Lunatic asylums Madras 1877-1891 - 1877-1891
Year: 1877
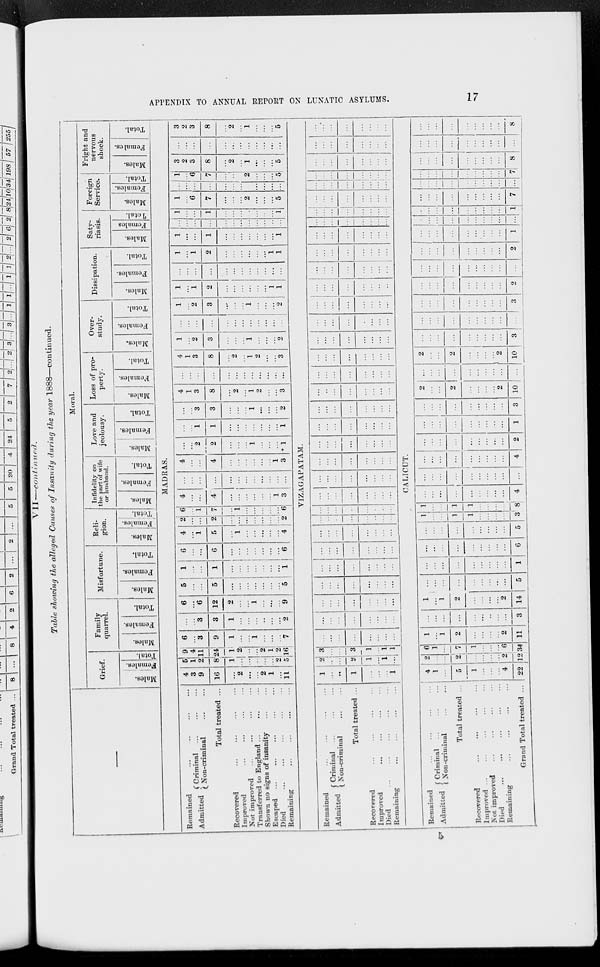
APPENDIX TO ANNUAL REPORT ON LUNATIC ASYLUMS.
17
VII —continued.
Table allowing the alleged Causes of Insanity during the year 1888—continued.
Moral.
Grief.
Males.
Females.
Total.
Family
quarrel.
Males.
Females.
Total.
Misfortune.
Males.
Females.
Total.
Reli-
gion.
Males.
Females.
Total.
Infidelity on
the part of wife
or husband.
Males.
Females.
Total.
Love and
jeolousy.
Males.
Females.
Total.
Loss of pro-
perty.
Males.
Females.
Total.
Over-
study.
Males.
Females.
Total.
Dissipation.
Males.
Females.
Total.
Saty-
riasis.
Males.
Females
Total.
Foreign
Service.
Males.
Females.
Total.
Fright and
nervous
shock.
Males.
Females.
Total.
MADRAS.
Remained ... ... ... ...
Admitted
Criminal
...
...
...
Non-criminal
...
...
Total treated ...
Recovered
...
...
...
...
Improved ... ... ... ...
Not improved
...
...
...
...
Transferred to England
...
...
...
Shown no signs of insanity ... ...
Escaped ...
...
... ... ...
Died ... ... ... ... ...
Remaining
...
...
...
...
4
3
9
16
...
2
...
...
2
1
...
11
5
1
2
8
1
...
...
...
....
...
2
5
9
4
11
24
1
2
...
...
2
1
2
16
6
...
3
9
1
...
...
1
...
...
...
7
...
...
3
3
1
...
...
...
...
...
...
2
6
...
6
12
2
...
...
1
...
...
...
9
5
...
...
5
...
...
...
...
...
...
...
5
1
...
...
1
...
...
...
...
...
...
...
1
6
...
...
6
...
...
...
...
...
...
...
6
4
...
1
5
...
1
...
...
...
...
...
4
2
...
...
2
...
...
...
...
...
...
...
2
6
...
1
7
...
1
...
...
...
...
...
6
4
...
...
4
...
...
...
...
...
...
1
3
...
...
...
...
...
...
...
...
...
...
...
...
4
...
...
4
...
...
...
...
...
...
1
3
...
...
2
2
...
...
1
...
...
...
1
...
...
1
1
...
...
...
...
...
...
...
1
...
...
3
3
...
...
...
1
...
...
...
2
4
1
3
8
...
2
...
1
2
...
...
3
...
...
...
...
...
...
...
...
...
...
...
...
4
1
3
8
...
2
...
1
2
...
...
3
1
...
2
3
...
...
...
1
...
...
...
2
...
...
...
...
...
...
...
...
...
...
...
...
1
...
2
3
...
...
...
1
...
...
...
2
1
...
1
2
...
...
...
...
...
...
1
1
...
...
...
...
...
...
...
...
...
...
...
...
1
...
1
2
...
...
...
...
...
...
1
1
1
...
...
1
...
...
...
...
...
...
...
1
...
...
...
...
...
...
...
...
...
...
...
...
1
...
...
1
...
...
...
...
...
...
...
1
1
...
6
7
...
...
...
2
...
...
...
5
...
...
...
...
...
...
...
...
...
...
...
...
1
...
6
7
...
...
...
2
...
...
...
5
3
2
3
8
...
2
...
1
...
...
...
5
...
...
...
...
...
...
...
...
...
...
...
...
3
2
3
8
...
2
...
1
...
...
...
5
VIZAGAPATAM.
Remained ... ... ... ...
Admitted
Criminal ... ... ...
Non-criminal ... ...
Total treated ...
Recovered ... ... ... ...
Improved ... ... ... ...
Died
...
...
...
...
...
Remaining ... ... ... ...
1
...
...
1
...
...
...
1
2
...
...
2
1
...
1
...
3
...
...
3
1
...
1
1
...
...
...
...
...
...
...
...
...
...
...
...
...
...
...
...
...
...
...
...
...
...
...
...
...
...
...
...
...
...
...
...
...
...
...
...
...
...
...
...
...
...
...
...
...
...
...
...
...
...
...
...
...
...
...
...
...
...
...
...
...
...
...
...
...
...
...
...
...
...
...
...
...
...
...
...
...
...
...
...
...
...
...
...
...
...
...
...
...
...
...
...
...
...
...
...
...
...
...
...
...
...
...
...
...
...
...
...
...
...
...
...
...
...
...
...
...
...
...
...
...
...
...
...
...
...
...
...
...
...
...
...
...
...
...
...
...
...
...
...
...
...
...
...
...
...
...
...
...
...
...
...
...
...
...
...
...
...
...
...
...
...
...
...
...
...
...
...
...
...
...
...
...
...
...
...
...
...
...
...
...
...
...
....
...
...
...
...
...
...
...
...
...
...
...
...
...
...
...
...
...
...
...
...
...
...
...
...
...
...
...
...
...
...
...
...
...
...
...
...
...
...
...
...
...
...
...
...
...
...
...
...
...
...
...
...
...
...
...
...
...
...
...
...
...
...
...
...
...
...
...
...
...
...
...
...
...
...
...
...
...
...
...
...
CALICUT.
Remained ... ... ... ...
Admitted
Criminal ... ... ...
Non-criminal
...
...
Total treated ...
Recovered ... ... ... ...
Improved ... ... ... ...
Not improved ... ... ... ...
Died ... ... ... ... ...
Remaining
...
...
...
...
Grand Total treated ...
4
1
...
5
1
...
...
...
4
22
2
...
...
2
...
...
...
...
2
12
6
1
...
7
1
...
...
...
6
34
1
...
1
2
...
...
...
...
2
11
...
...
...
...
...
...
...
...
...
3
1
...
1
2
...
...
...
...
2
14
...
...
...
...
...
...
...
...
...
5
...
...
...
...
...
...
...
...
...
1
...
...
...
...
...
...
...
...
...
6
...
...
...
...
...
...
...
...
...
5
1
...
...
1
1
...
...
...
...
3
1
...
...
1
1
...
...
...
...
8
...
...
...
...
...
...
...
...
...
4
...
...
...
...
...
...
...
...
...
...
...
...
...
...
...
...
...
...
...
4
...
...
...
...
...
...
...
...
...
2
...
...
...
...
...
...
...
...
...
1
...
...
...
...
...
...
...
...
...
3
2
...
...
2
...
...
...
...
2
10
...
...
...
...
...
...
...
...
...
...
2
...
2
...
...
2
10
...
...
...
...
...
...
...
...
...
3
...
...
...
...
...
...
...
...
...
...
...
...
...
...
...
...
...
...
...
3
...
...
...
...
...
...
...
...
...
2
...
...
...
...
...
...
...
...
...
...
...
...
...
...
...
...
...
...
...
2
...
...
...
...
...
...
...
...
...
1
...
...
...
...
...
...
...
...
...
...
...
...
...
...
...
...
...
...
...
1
...
...
...
...
...
...
...
...
...
7
...
...
...
...
...
...
...
...
...
...
...
...
...
...
...
...
...
...
...
7
...
...
...
...
...
...
...
...
...
8
...
...
...
...
...
...
...
...
...
...
...
...
...
...
...
...
...
...
...
8
5